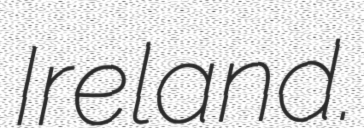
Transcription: Ireland.